Indian Civil Veterinary Department memoirs
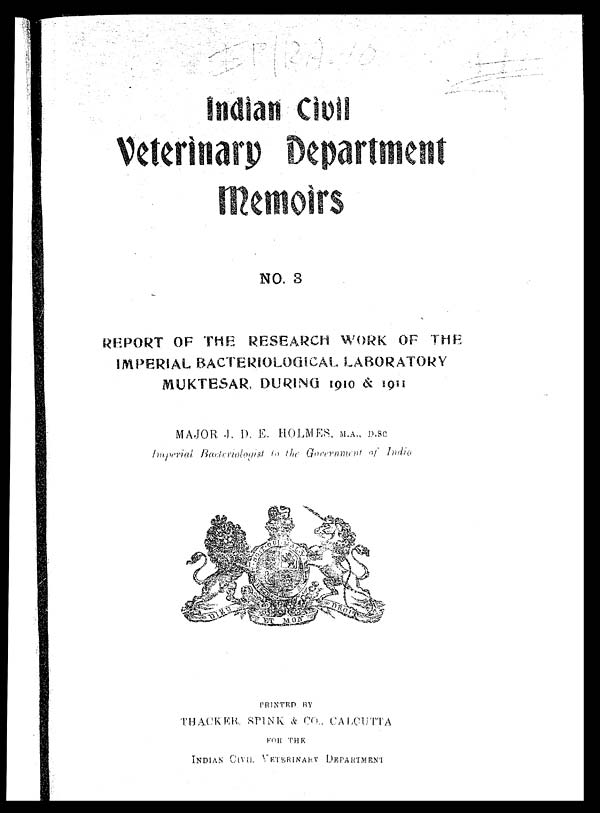
Indian Civil
Veterinary Department
Memoirs
NO. 3
REPORT OF THE RESEARCH WORK OF THE
IMPERIAL BACTERIOLOGICAL LABORATORY
MUKTESAR, DURING 1910 & 1911
MAJOR J. D. E. HOLMES, M.A., D.SC
Imperial Bacteriologist to the Government of India
PRINTED BY
THACKER, SPINK & CO., CALCUTTA
FOR THE
INDIAN CIVIL VETERINARY DEPARTMENT